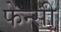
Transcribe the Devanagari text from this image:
फेन्सी